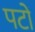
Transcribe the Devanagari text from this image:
पटों